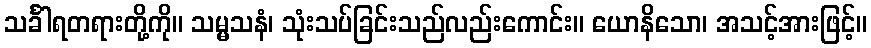
သင်္ခါရတရားတို့ကို။ သမ္မသနံ၊ သုံးသပ်ခြင်းသည်လည်းကောင်း။ ယောနိသော၊ အသင့်အားဖြင့်။